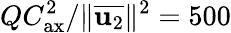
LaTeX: QC_{\mathrm{ax}}^{2}/\Vert\overline{{\mathbf{u}_{2}}}\Vert^{2}=500